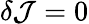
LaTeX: \delta\mathcal{J}=0